Annual administration report of the Civil Veterinary Department of India - 1899-1900
Year: 1899
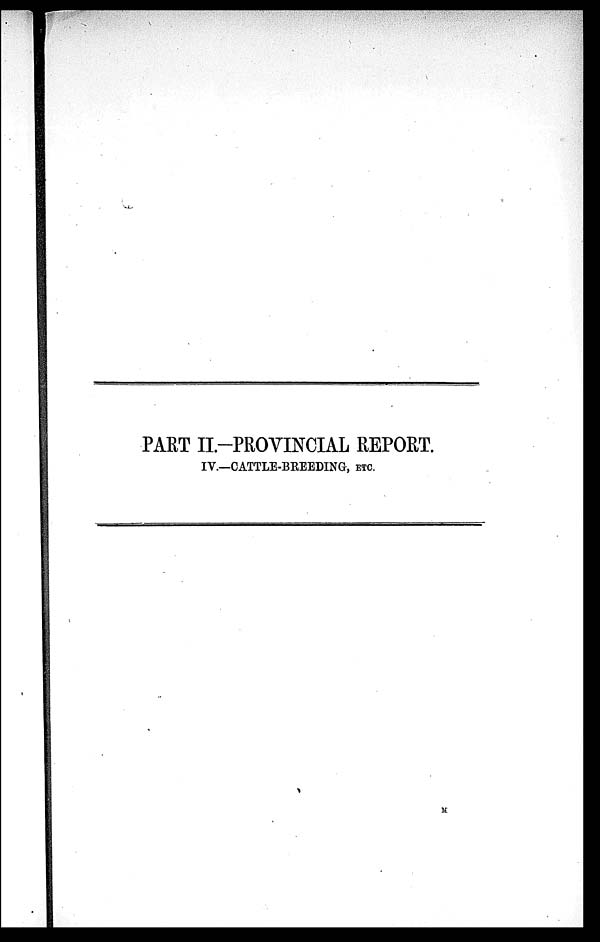
PART II.-PROVINCIAL REPORT.
IV.—CATTLE-BREEDING, ETC.